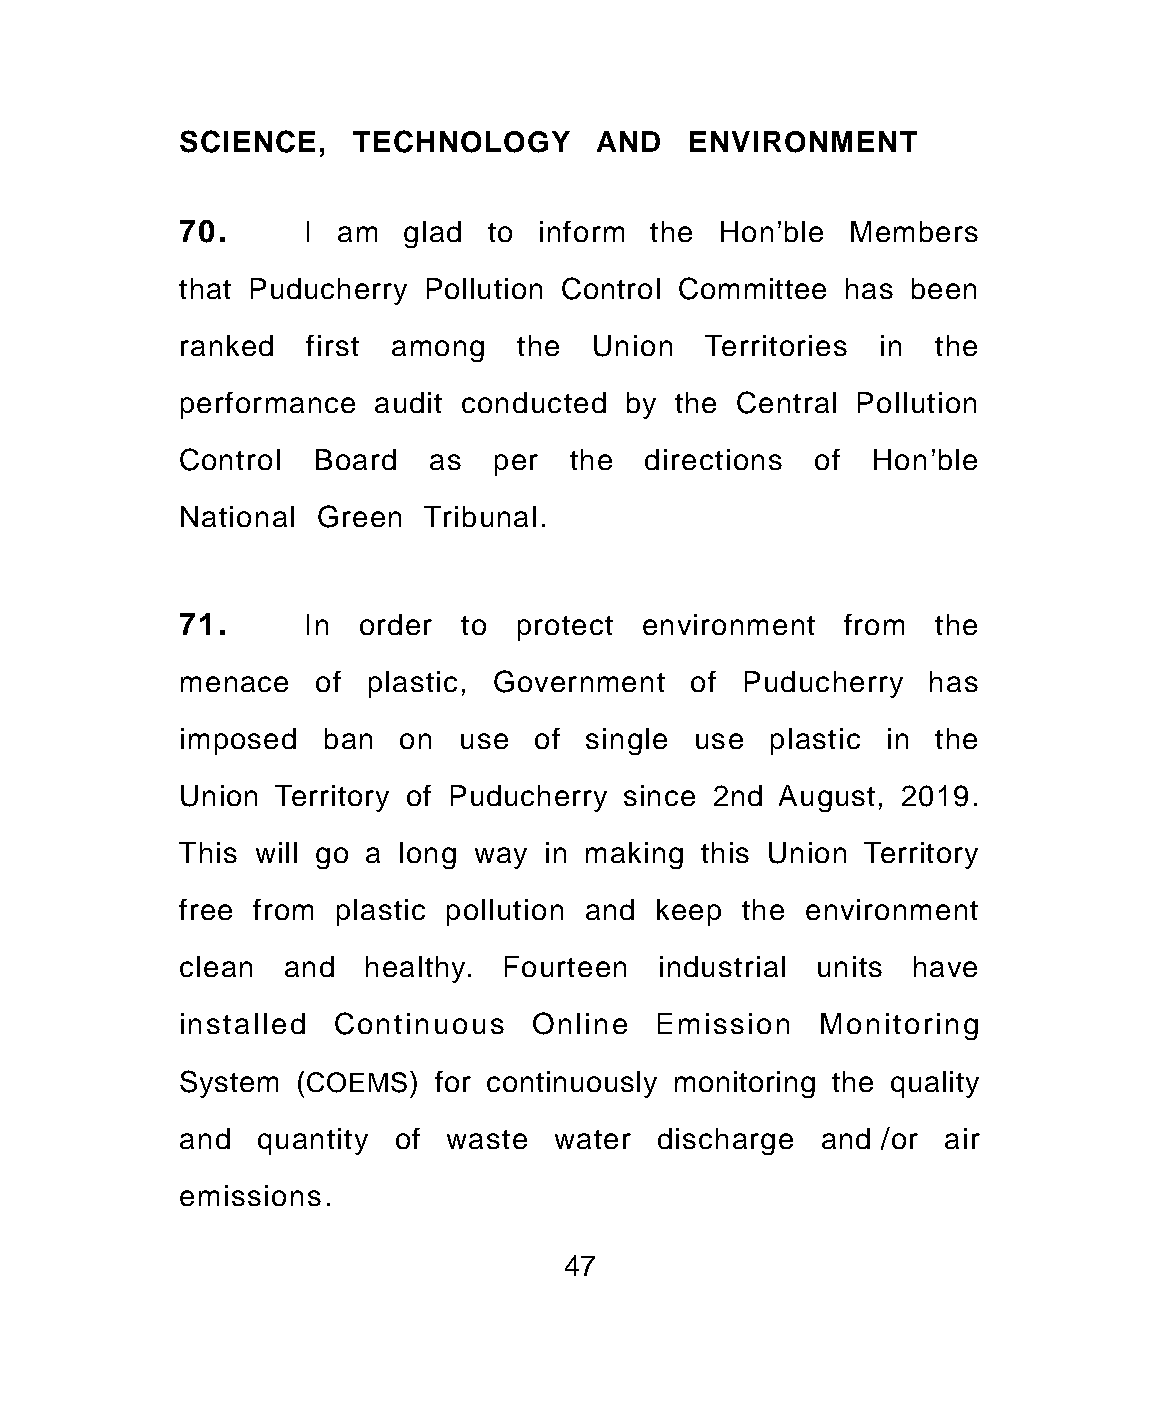
SCIENCE,   TECHNOLOGY      AND   ENVIRONMENT
 70.     I am   glad to inform  the Hon'ble  Members
 that Puducherry Pollution Control Committee has been
 ranked  first among   the  Union   Territories in the
 performance  audit conducted by  the Central Pollution
 Control  Board  as  per   the  directions of  Hon'ble
 National Green  Tribunal.
 71.     In  order to  protect environment   from  the
 menace   of plastic, Government   of Puducherry  has
 imposed  ban  on  use  of  single use  plastic in the
 Union Territory of Puducherry since 2nd August, 2019.
 This will go a long way in making this Union Territory
 free from plastic pollution and keep the environment
 clean  and  healthy. Fourteen  industrial units have
 installed Continuous   Online  Emission   Monitoring
 System (COEMS)   for continuously monitoring the quality
 and  quantity of waste   water discharge  and /or air
 emissions.
 47